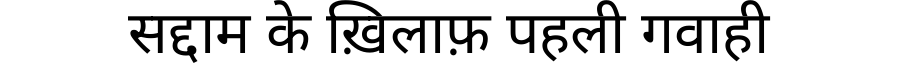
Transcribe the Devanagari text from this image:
सद्दाम के ख़िलाफ़ पहली गवाही